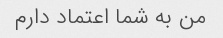
من به شما اعتماد دارم